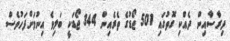
ދިރާސާއިން ދެއްކި ގޮތުގައި 501 ޖޯޑުގެ ތެރެއިން 344 ޖޯޑަކީ ބަލިވެ އިނުމަށްފަހުވެސް